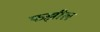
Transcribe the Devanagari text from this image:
फझील